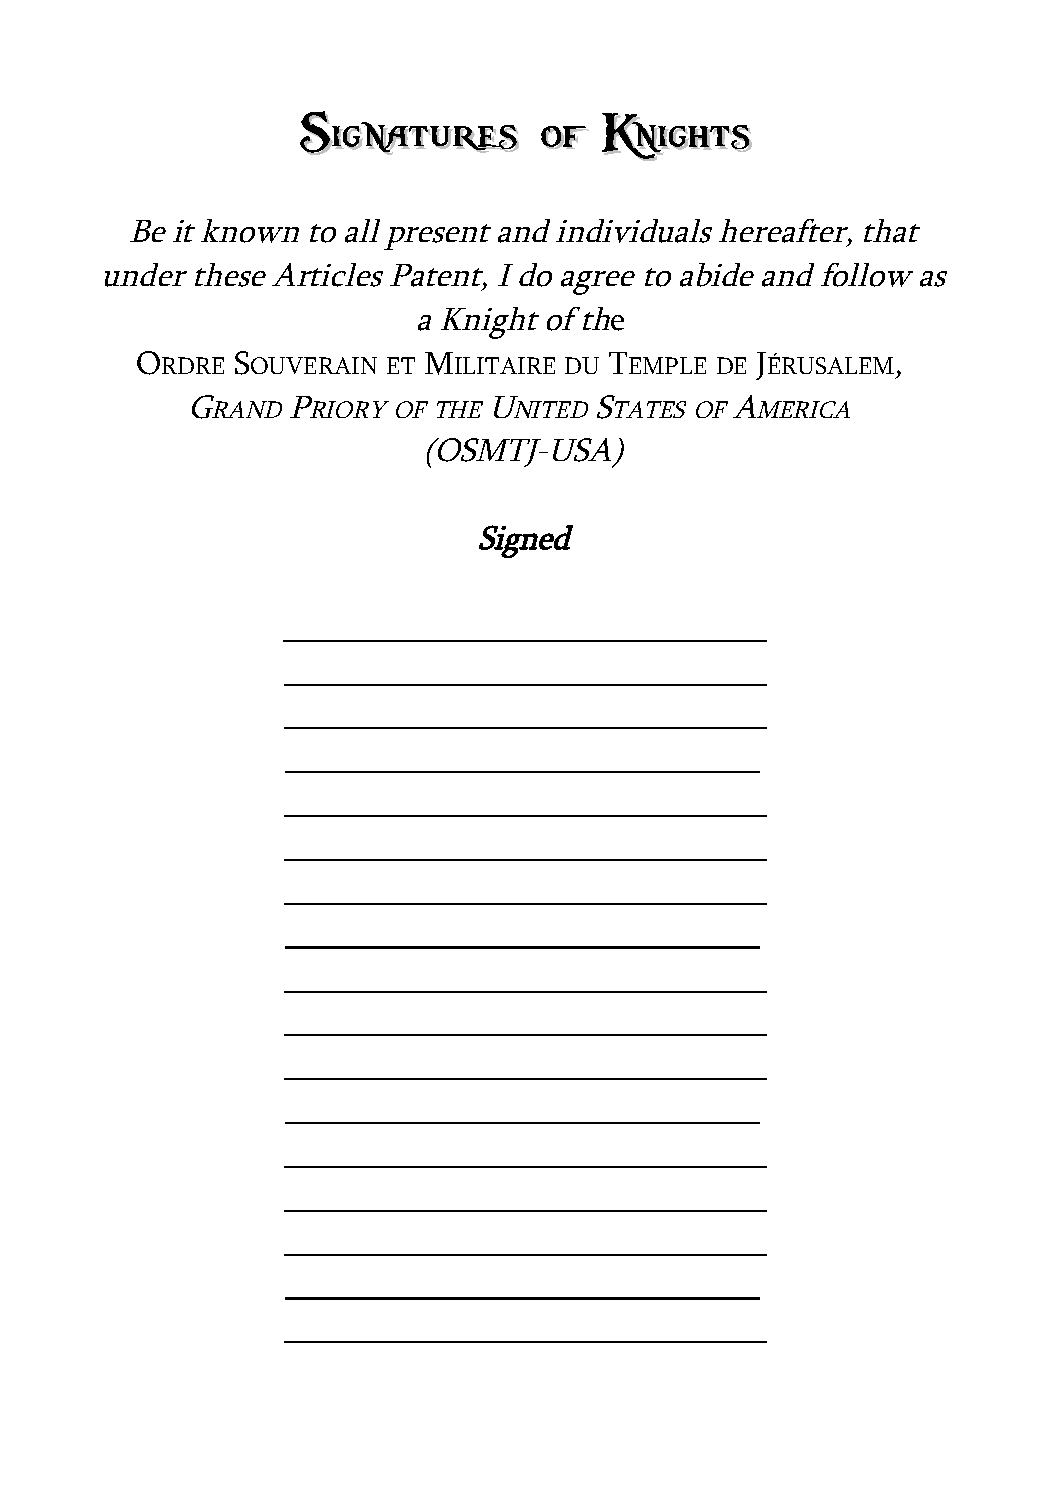
SSiiggnnaattuurreess ooff KKnniigghhttss
 Be it known to all present and individuals hereafter, that
 under these Articles Patent, I do agree to abide and follow as
 a Knight of the
 ORDRE SOUVERAIN  ET MILITAIRE DU TEMPLE DE JÉRUSALEM,
 GRAND  PRIORY OF THE UNITED STATES OF AMERICA
 (OSMTJ-USA)
 Signed
 _____________________________
 _____________________________
 _____________________________
 _____________________________
 _____________________________
 _____________________________
 _____________________________
 _____________________________
 _____________________________
 _____________________________
 _____________________________
 _____________________________
 _____________________________
 _____________________________
 _____________________________
 _____________________________
 _____________________________